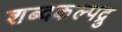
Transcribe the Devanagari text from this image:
शब्दकल्पद्रु